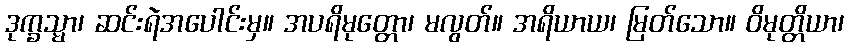
ဒုက္ခသ္မာ၊ ဆင်းရဲအပေါင်းမှ။ အပရိမုတ္တော၊ မလွတ်။ အရိယာယ၊ မြတ်သော။ ဝိမုတ္တိယာ၊